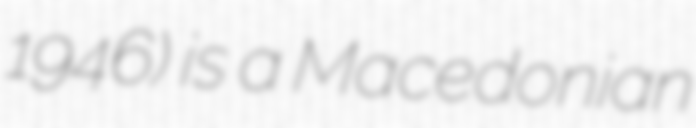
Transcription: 1946) is a Macedonian